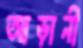
আড়ানী